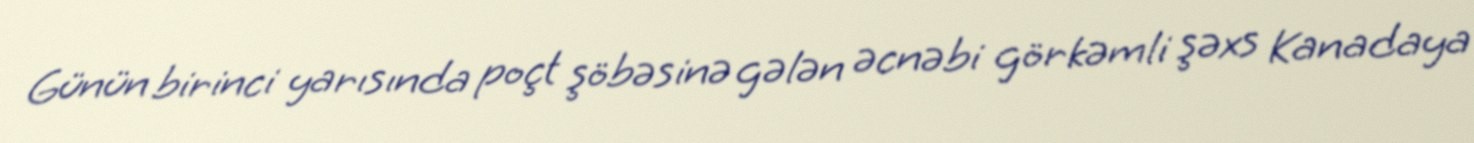
Günün birinci yarısında poçt şöbəsinə gələn əcnəbi görkəmli şəxs Kanadaya